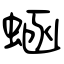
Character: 蜬